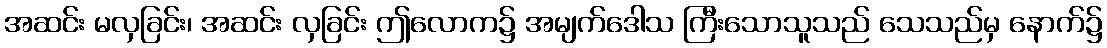
အဆင်း မလှခြင်း၊ အဆင်း လှခြင်း ဤလောက၌ အမျက်ဒေါသ ကြီးသောသူသည် သေသည်မှ နောက်၌